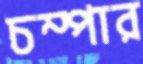
চম্পার